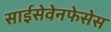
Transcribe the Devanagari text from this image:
साईसेवेनफेसेस